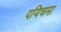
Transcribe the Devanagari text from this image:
पयिचमा